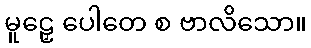
မူဠှေ ပေါတေ စ ဗာလိသော။